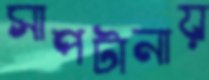
সাপটানায়